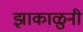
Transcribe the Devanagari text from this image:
झाकाळुनी